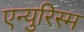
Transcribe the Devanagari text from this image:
एन्युरिस्म